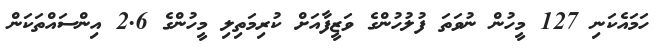
ހަމައެކަނި 127 މީހުން ނުވަތަ ފުލުހުންގެ ވަޒީފާއަށް ކުރިމަތިލި މީހުންގެ 2.6 އިންސައްތަކަން